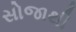
સોજાથી